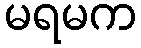
မရမက